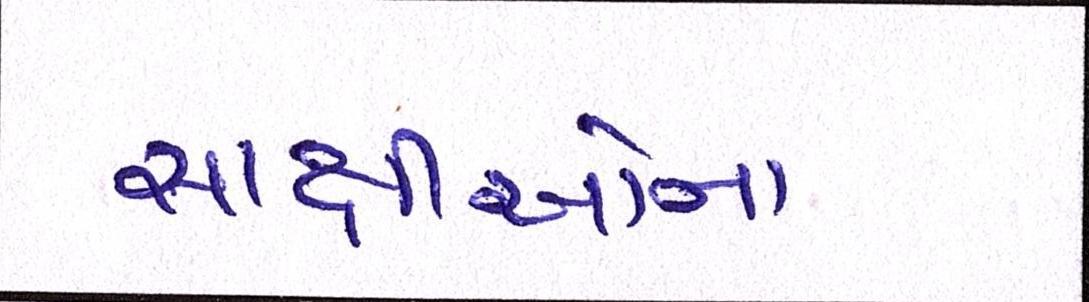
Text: સાક્ષીઓના